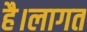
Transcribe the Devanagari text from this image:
है।लागत